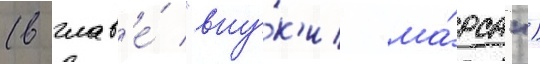
(в глав'е́ "вну́к'и ма́рса")